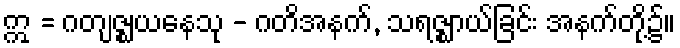
ဣ = ဂတျဇ္ဈယနေသု - ဂတိအနက်, သရဇ္ဈာယ်ခြင်း အနက်တို့၌။